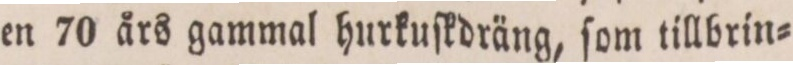
en 70 års gammal hurkuſkdräng, ſom tillbrin=